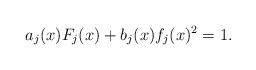
LaTeX: \begin{align*}a_j(x)F_j(x)+b_j(x)f_j(x)^2=1.\end{align*}